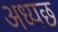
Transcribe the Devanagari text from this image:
अध्यछ